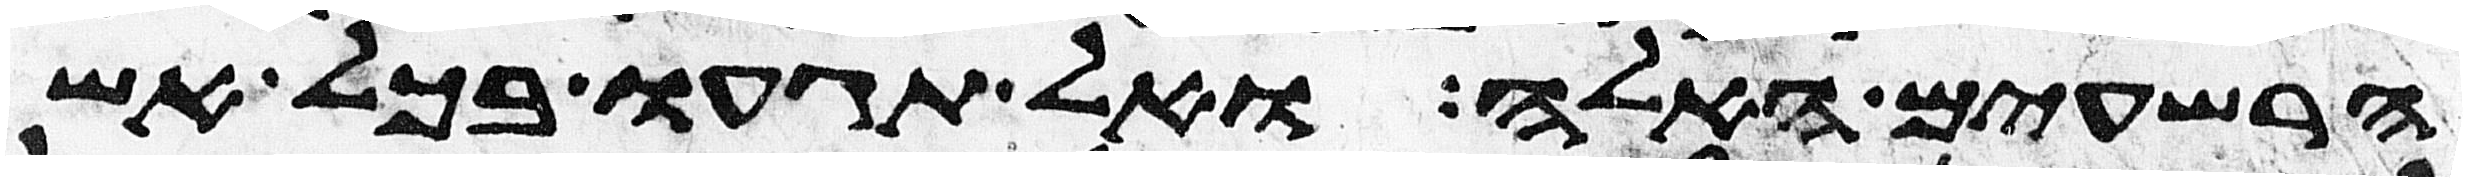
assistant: הרשעים האלה ואל תגעו בכל אשר